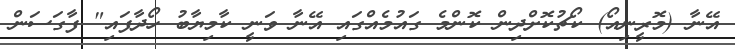
އޭނާ (މޮރީނިއޯ) ކޯޗުކޮށްދިން ކޮންމެ ގައުމެއްގައި އޭނާ ވަނީ ކާމިޔާބު ހޯދާފައި" ފާގަސަން